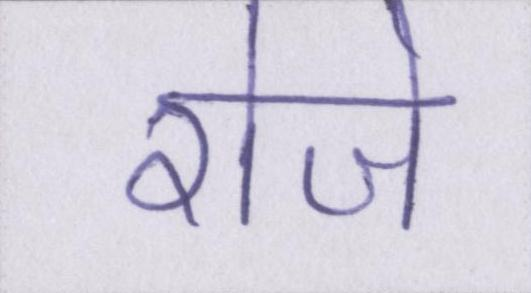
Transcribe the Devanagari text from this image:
रोजे